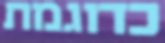
כדוגמת